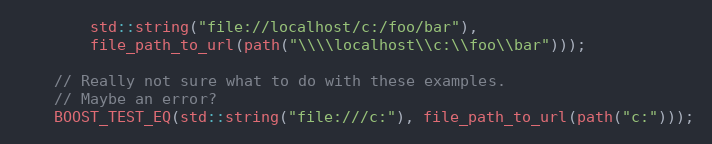
Language: C++
        std::string("file://localhost/c:/foo/bar"),
        file_path_to_url(path("\\\\localhost\\c:\\foo\\bar")));

    // Really not sure what to do with these examples.
    // Maybe an error?
    BOOST_TEST_EQ(std::string("file:///c:"), file_path_to_url(path("c:")));